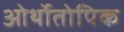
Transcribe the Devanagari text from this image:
ओर्थोतोपिक